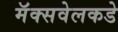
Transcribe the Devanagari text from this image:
मॅक्सवेलकडे